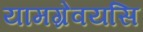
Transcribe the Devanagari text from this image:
यामग्रेवयसि